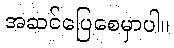
အဆင်ပြေစေမှာပါ။